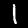
Label: 1